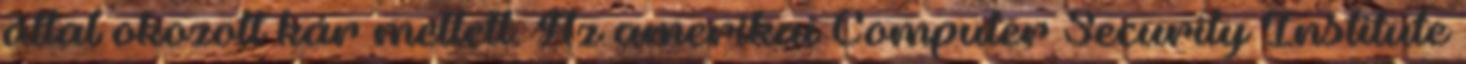
által okozott kár mellett. Az amerikai Computer Security Institute